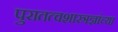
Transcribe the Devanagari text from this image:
पुरातत्वशास्त्रज्ञांच्या